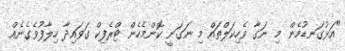
"އަޅުގަނޑުމެން މި ނަގާ ވެހިކަލްތައް މި ނަގަނީ ކޮންމެހެން ޓްރެފިކް ގަވައިދާ ހިލާފުވެގެނެއް